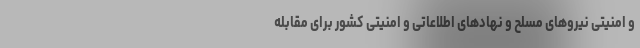
و امنیتی نیروهای مسلح و نهادهای اطلاعاتی و امنیتی کشور برای مقابله